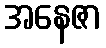
အနေဇာ